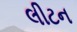
લીટન